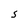
Character: S